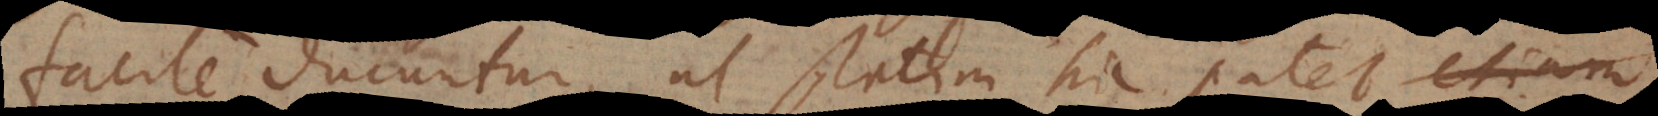
facile ducuntur, ut statim hic patet